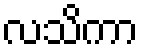
လသိကာ